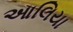
આલિયા